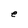
Character: e